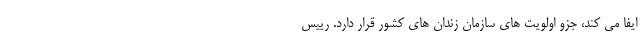
ایفا می کند، جزو اولویت های سازمان زندان های کشور قرار دارد. رییس